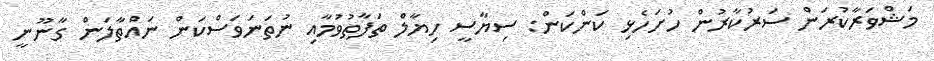
މަޝްވަރާކުރަން ސަރުކާރުން ހުށަހެޅި ކަންކަން: ސިޔާސީ ހިޔާލް ތަފާތުވުމާއި ނުތަނަވަސްކަން ނައްތާލަން ގާނޫނީ